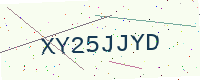
Text: XY25JJYD